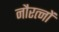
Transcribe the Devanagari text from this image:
नौरत्नों